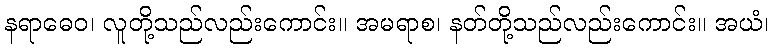
နရာဓေဝ၊ လူတို့သည်လည်းကောင်း။ အမရာစ၊ နတ်တို့သည်လည်းကောင်း။ အယံ၊